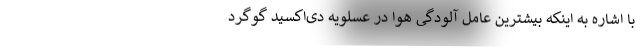
با اشاره به اینکه بیشترین عامل آلودگی هوا در عسلویه دی‌اکسید گوگرد